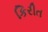
કિરીત